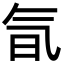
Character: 氜